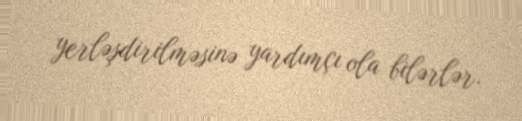
yerləşdirilməsinə yardımçı ola bilərlər.